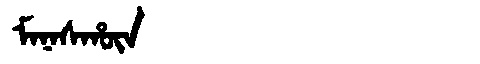
Manchu: ᠮᠠᠨᠠᠰᡥᡡᠨ
Romanization: MANASHŪN